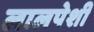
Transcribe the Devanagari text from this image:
लालपेशी